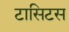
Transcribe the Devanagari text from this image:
टासिटस